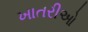
ખાતરીઓ